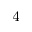
_ \mathrm { 4 }